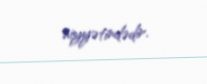
niyyətindədir.